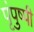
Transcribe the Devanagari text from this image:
पृंपुष्पी